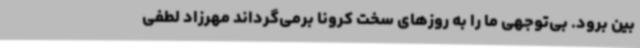
بین برود. بی‌توجهی ما را به روزهای سخت کرونا برمی‌گرداند مهرزاد لطفی